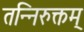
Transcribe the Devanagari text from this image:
तन्निरुक्तम्